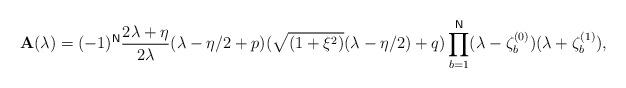
LaTeX: \begin{align*}\mathbf{A}(\lambda )=(-1)^{\mathsf{N}}\frac{2\lambda +\eta }{2\lambda }(\lambda -\eta /2+p)(\sqrt{(1+\xi ^{2})}(\lambda -\eta /2)+q)\prod_{b=1}^{\mathsf{N}}(\lambda -\zeta _{b}^{(0)})(\lambda +\zeta _{b}^{(1)}),\end{align*}